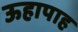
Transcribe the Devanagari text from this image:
ऊहापाह